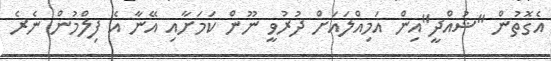
އެގޮތުން "ޝުއްދީ"އިން އަމިއްލައަށް ދުރުވީ ނޫން ކަމަށާއި އޭނާ އެ ފިލްމުން ނެރެ